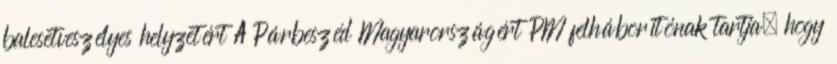
balesetveszélyes helyzetért A Párbeszéd Magyarországért PM felháborítónak tartja, hogy